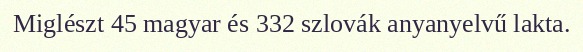
Miglészt 45 magyar és 332 szlovák anyanyelvű lakta.